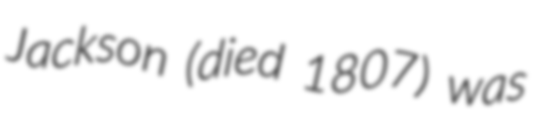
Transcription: Jackson (died 1807) was